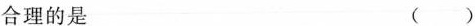
合理的是 ()